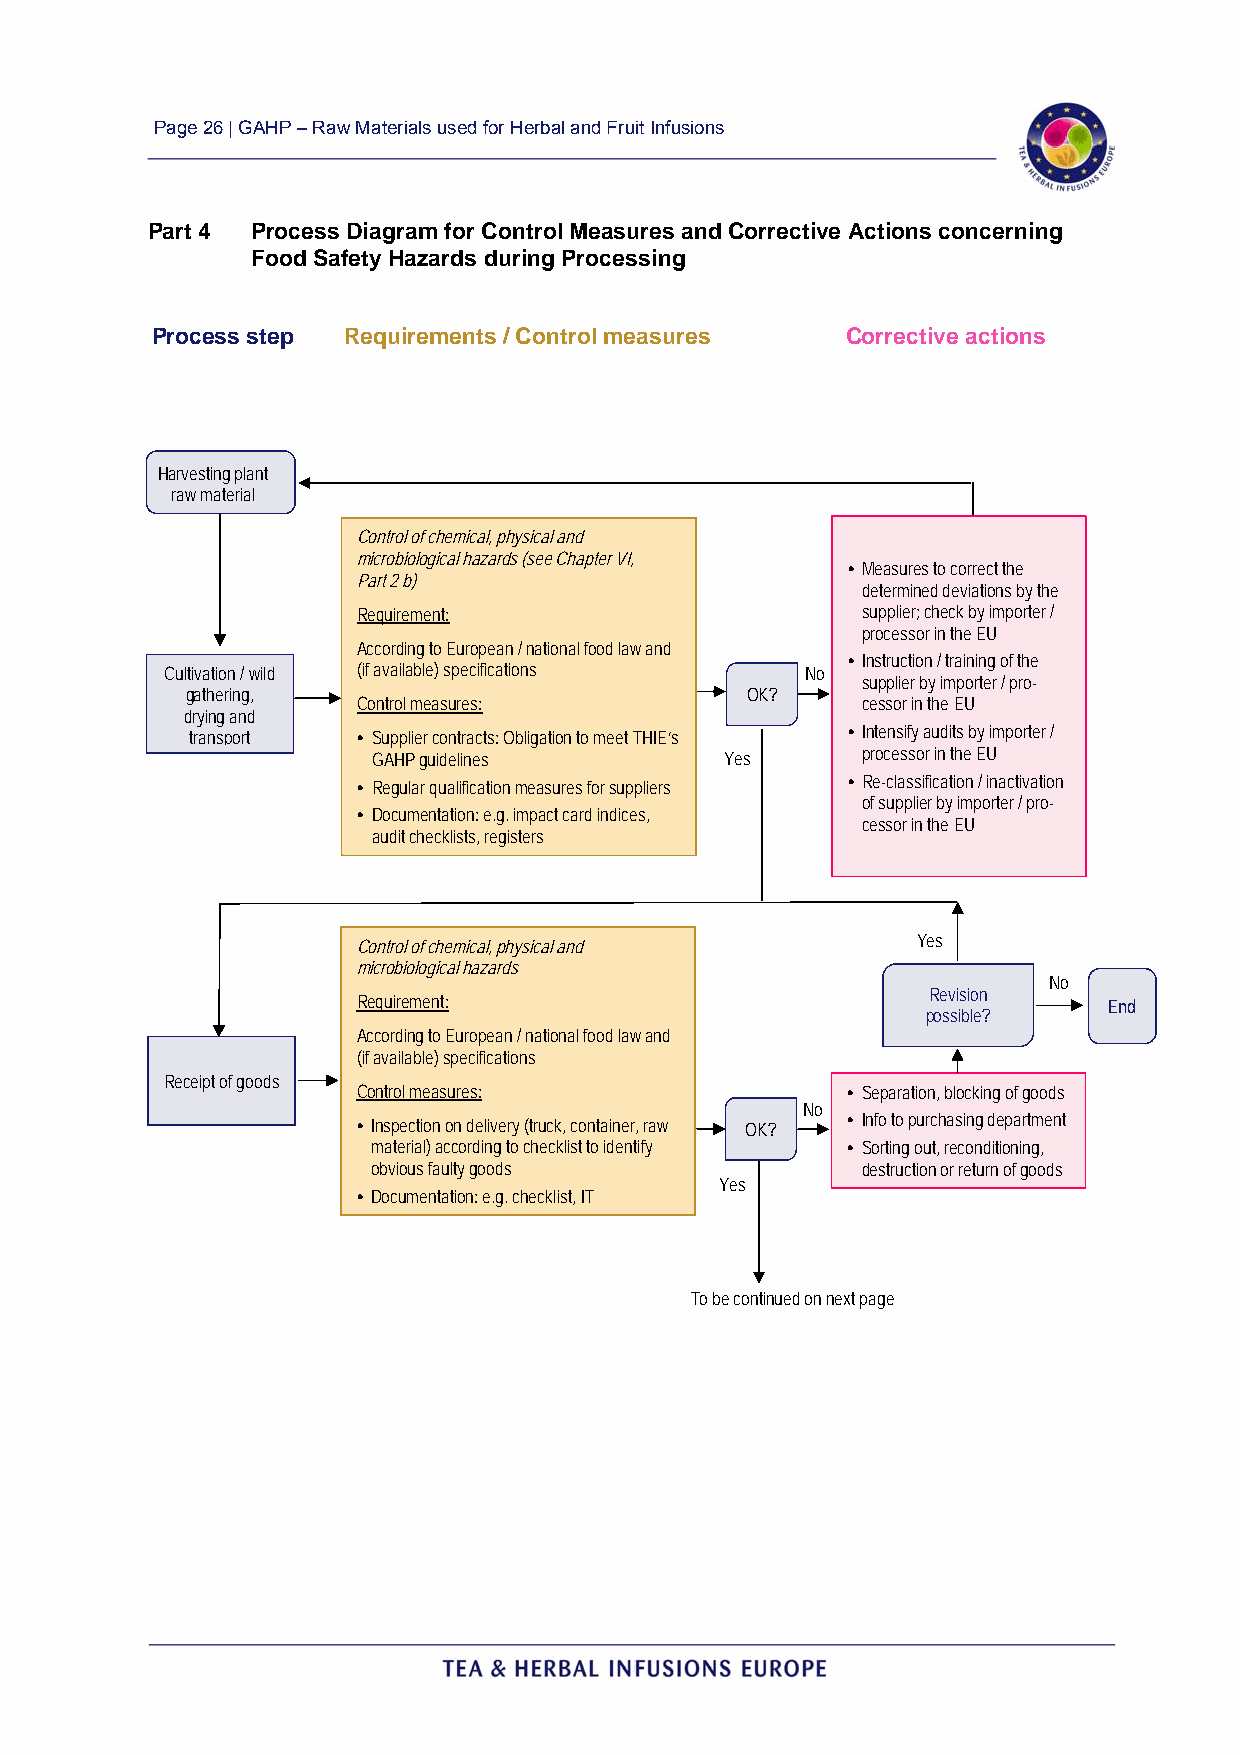
Page 26 | GAHP – Raw Materials used for Herbal and Fruit Infusions
 Part 4 Process Diagram for Control Measures and Corrective Actions concerning
 Food Safety Hazards during Processing
 Process step Requirements / Control measures  Corrective actions
 Harvesting plant
 raw material
 Control of chemical, physical and
 microbiological hazards (see Chapter VI,
 • Measures to correct the
 Part 2 b)
 determined deviations by the
 Requirement:                     supplier; check by importer /
 processor in the EU
 According to European / national food law and
 Cultivation / wild (if available) specifications No
 • Instruction / training of the
 supplier by importer / pro-
 gathering,
 Control measures:
 OK?
 cessor in the EU
 drying and
 transport  • Supplier contracts: Obligation to meet THIE‘s • Intensify audits by importer /
 GAHP guidelines        Yes      processor in the EU
 • Regular qualification measures for suppliers • Re-classification / inactivation
 of supplier by importer / pro-
 • Documentation: e.g. impact card indices,
 cessor in the EU
 audit checklists, registers
 Control of chemical, physical and    Yes
 microbiological hazards
 No
 Requirement:
 pR oe sv si is bi lo en
 ?
 End
 According to European / national food law and
 (if available) specifications
 Receipt of goods
 Control measures:               • Separation, blocking of goods
 No
 • Inspection on delivery (truck, container, raw OK? • Info to purchasing department
 material) according to checklist to identify • Sorting out, reconditioning,
 obvious faulty goods            destruction or return of goods
 Yes
 • Documentation: e.g. checklist, IT
 To be continued on next page